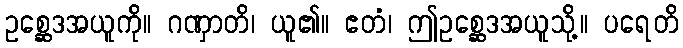
ဥစ္ဆေဒအယူကို။ ဂဏှာတိ၊ ယူ၏။ ဧတံ၊ ဤဥစ္ဆေဒအယူသို့။ ပရေတိ